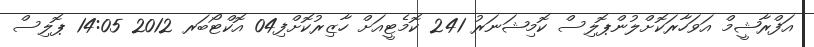
އަފްރާޝީމް އަވަހާރަކޮށްލުންޕޮލިސް ކޮމިޝަނަރު 241 ކޮމެޓީއަށް ހާޒިރުކޮށްފި04 އޮކްޓޯބަރ 2012 14:05 ޕޮލިސް